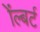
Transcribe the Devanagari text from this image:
ॲल्बर्ट